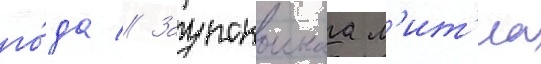
го́да // Заупокоинаа л'ит'иа